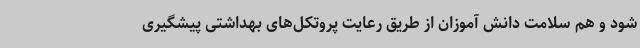
شود و هم سلامت دانش آموزان از طریق رعایت پروتکل‌های بهداشتی پیشگیری